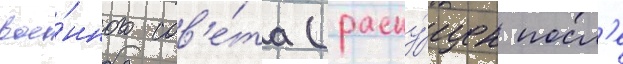
вое́нного сов'е́та (распу́щен посл'е